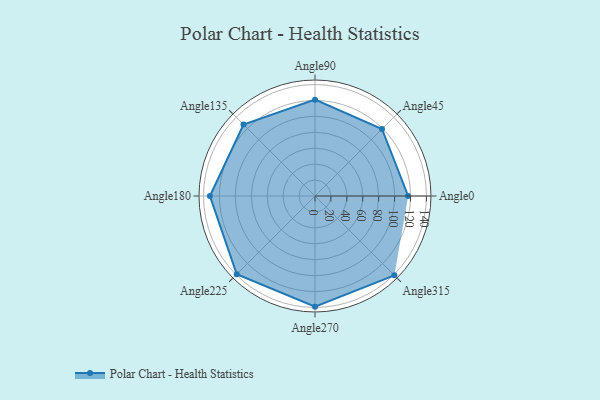
{"axis": {"x": "Angle", "y": "Radius"}, "legend": [""], "data": [{"x": "Angle0", "y": 117.0, "type": ""}, {"x": "Angle45", "y": 119.0, "type": ""}, {"x": "Angle90", "y": 121.0, "type": ""}, {"x": "Angle135", "y": 127.0, "type": ""}, {"x": "Angle180", "y": 132.0, "type": ""}, {"x": "Angle225", "y": 139.0, "type": ""}, {"x": "Angle270", "y": 139.0, "type": ""}, {"x": "Angle315", "y": 141.0, "type": ""}]}